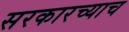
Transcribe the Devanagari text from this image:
सरकारच्याच